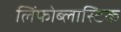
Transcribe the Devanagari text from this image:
लिंफोब्लास्टिक